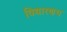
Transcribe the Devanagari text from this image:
विद्यारणय